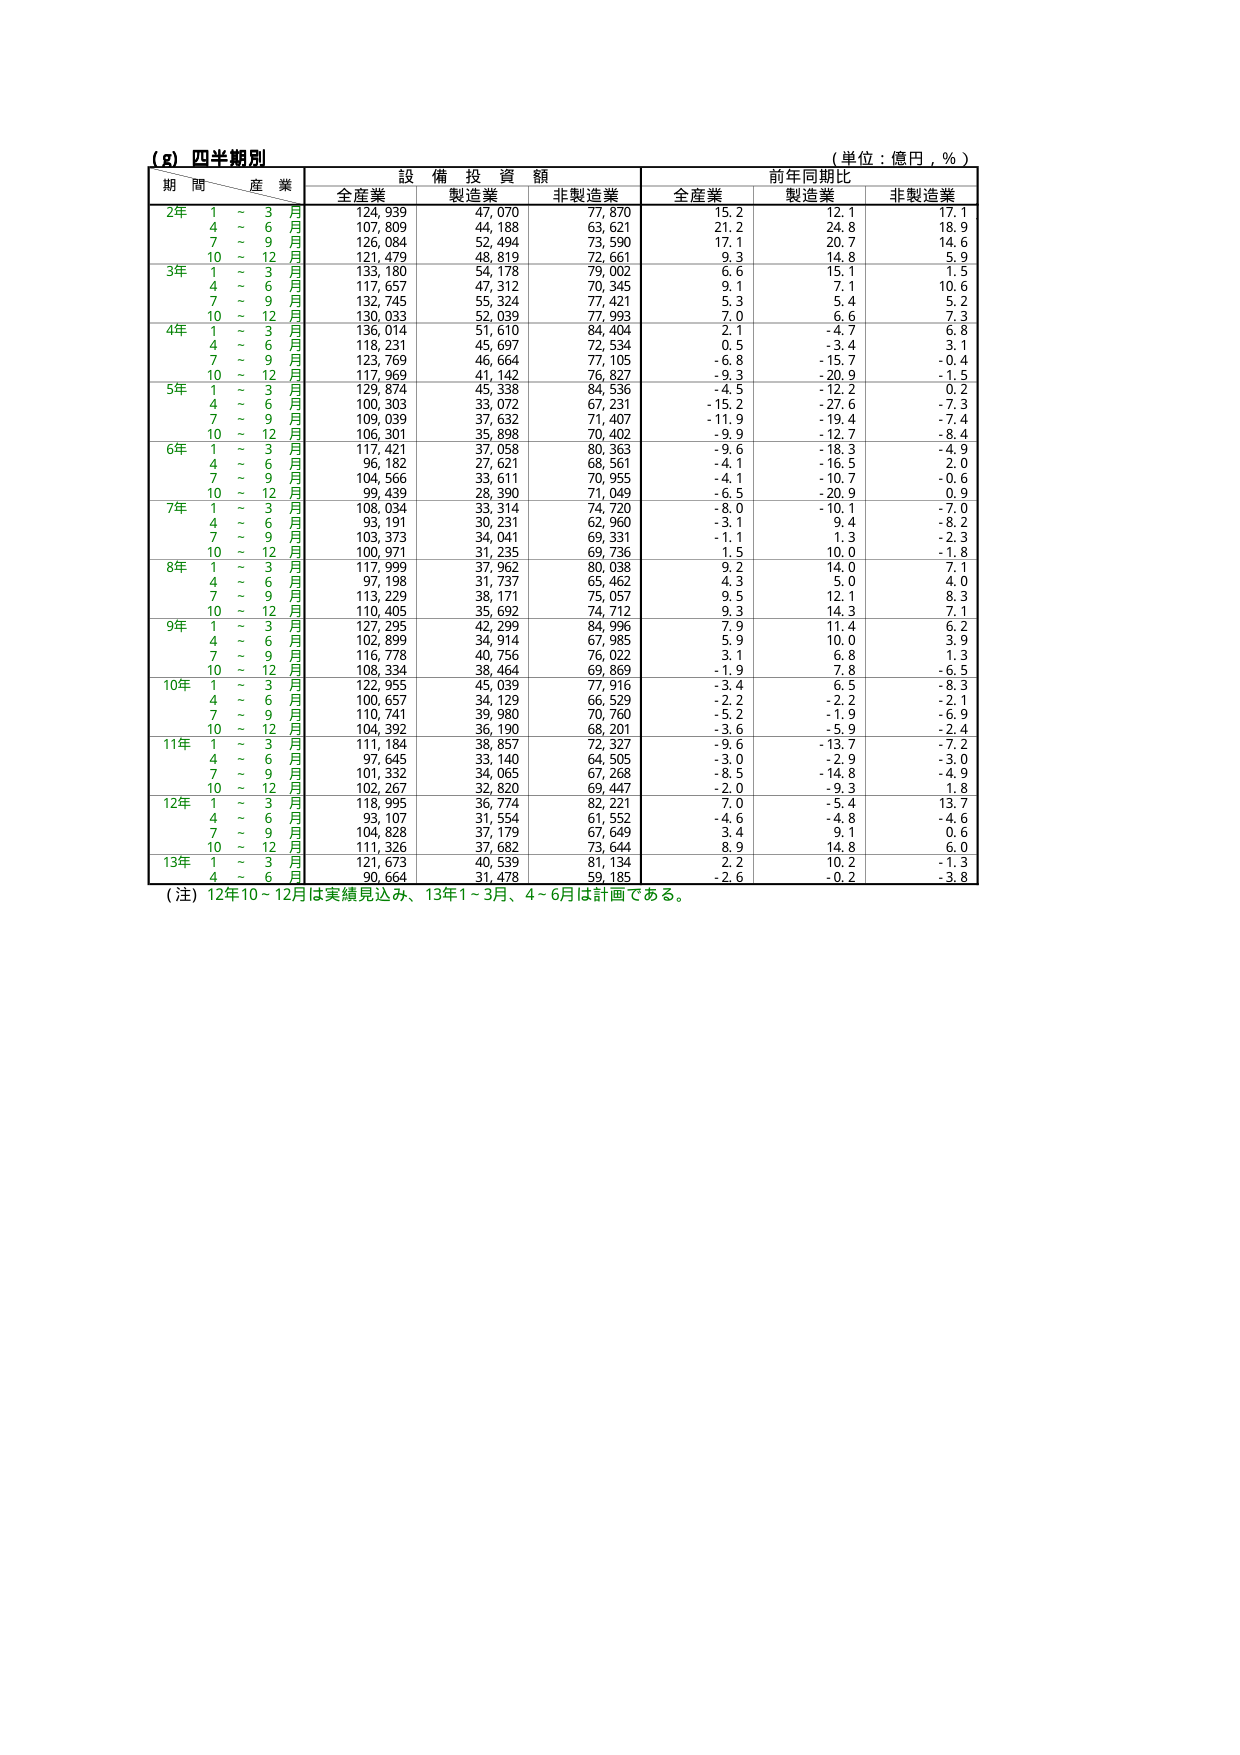
(g) 四半期別
（単位：億円，％）
期間 産業 設備投資額 前年同期比
全産業 製造業 非製造業 全産業 製造業 非製造業
2年 1～3月 124,939 47,070 77,870 15.2 12.1 17.1
4～6月 107,809 44,188 63,621 21.2 24.8 18.9
7～9月 126,084 52,494 73,590 17.1 20.7 14.6
10～12月 121,479 48,819 72,661 9.3 14.8 5.9
3年 1～3月 133,180 54,178 79,002 6.6 15.1 1.5
4～6月 117,657 47,312 70,345 9.1 7.1 10.6
7～9月 132,745 55,324 77,421 5.3 5.4 5.2
10～12月 130,033 52,039 77,993 7.0 6.6 7.3
4年 1～3月 136,014 51,610 84,404 2.1 -4.7 6.8
4～6月 118,231 45,697 72,534 0.5 -3.4 3.1
7～9月 123,769 46,664 77,105 -6.8 -15.7 -0.4
10～12月 117,969 41,142 76,827 -9.3 -20.9 -1.5
5年 1～3月 129,874 45,338 84,536 -4.5 -12.2 0.2
4～6月 100,303 33,072 67,231 -15.2 -27.6 -7.3
7～9月 109,039 37,632 71,407 -11.9 -19.4 -7.4
10～12月 106,301 35,898 70,402 -9.9 -12.7 -8.4
6年 1～3月 117,421 37,058 80,363 -9.6 -18.3 -4.9
4～6月 96,182 27,621 68,561 -4.1 -16.5 2.0
7～9月 104,566 33,611 70,955 -4.1 -10.7 -0.6
10～12月 99,439 28,390 71,049 -6.5 -20.9 0.9
7年 1～3月 108,034 33,314 74,720 -8.0 -10.1 -7.0
4～6月 93,191 30,231 62,960 -3.1 9.4 -8.2
7～9月 103,373 34,041 69,331 -1.1 1.3 -2.3
10～12月 100,971 31,235 69,736 1.5 10.0 -1.8
8年 1～3月 117,999 37,962 80,038 9.2 14.0 7.1
4～6月 97,198 31,737 65,462 4.3 5.0 4.0
7～9月 113,229 38,171 75,057 9.5 12.1 8.3
10～12月 110,405 35,692 74,712 9.3 14.3 7.1
9年 1～3月 127,295 42,299 84,996 7.9 11.4 6.2
4～6月 102,899 34,914 67,985 5.9 10.0 3.9
7～9月 116,778 40,756 76,022 3.1 6.8 1.3
10～12月 108,334 38,464 69,869 -1.9 7.8 -6.5
10年 1～3月 122,955 45,039 77,916 -3.4 6.5 -8.3
4～6月 100,657 34,129 66,529 -2.2 -2.2 -2.1
7～9月 110,741 39,980 70,760 -5.2 -1.9 -6.9
10～12月 104,392 36,190 68,201 -3.6 -5.9 -2.4
11年 1～3月 111,184 38,857 72,327 -9.6 -13.7 -7.2
4～6月 97,645 33,140 64,505 -3.0 -2.9 -3.0
7～9月 101,332 34,065 67,268 -8.5 -14.8 -4.9
10～12月 102,267 32,820 69,447 -2.0 -9.3 1.8
12年 1～3月 118,995 36,774 82,221 7.0 -5.4 13.7
4～6月 93,107 31,554 61,552 -4.6 -4.8 -4.6
7～9月 104,828 37,179 67,649 3.4 9.1 0.6
10～12月 111,326 37,682 73,644 8.9 14.8 6.0
13年 1～3月 121,673 40,539 81,134 2.2 10.2 -1.3
4～6月 90,664 31,478 59,185 -2.6 -0.2 -3.8
（注）12年10～12月は実績見込み、13年1～3月、4～6月は計画である。